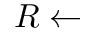
R \leftarrow